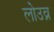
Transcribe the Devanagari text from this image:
लोउव्र